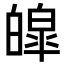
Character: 皡